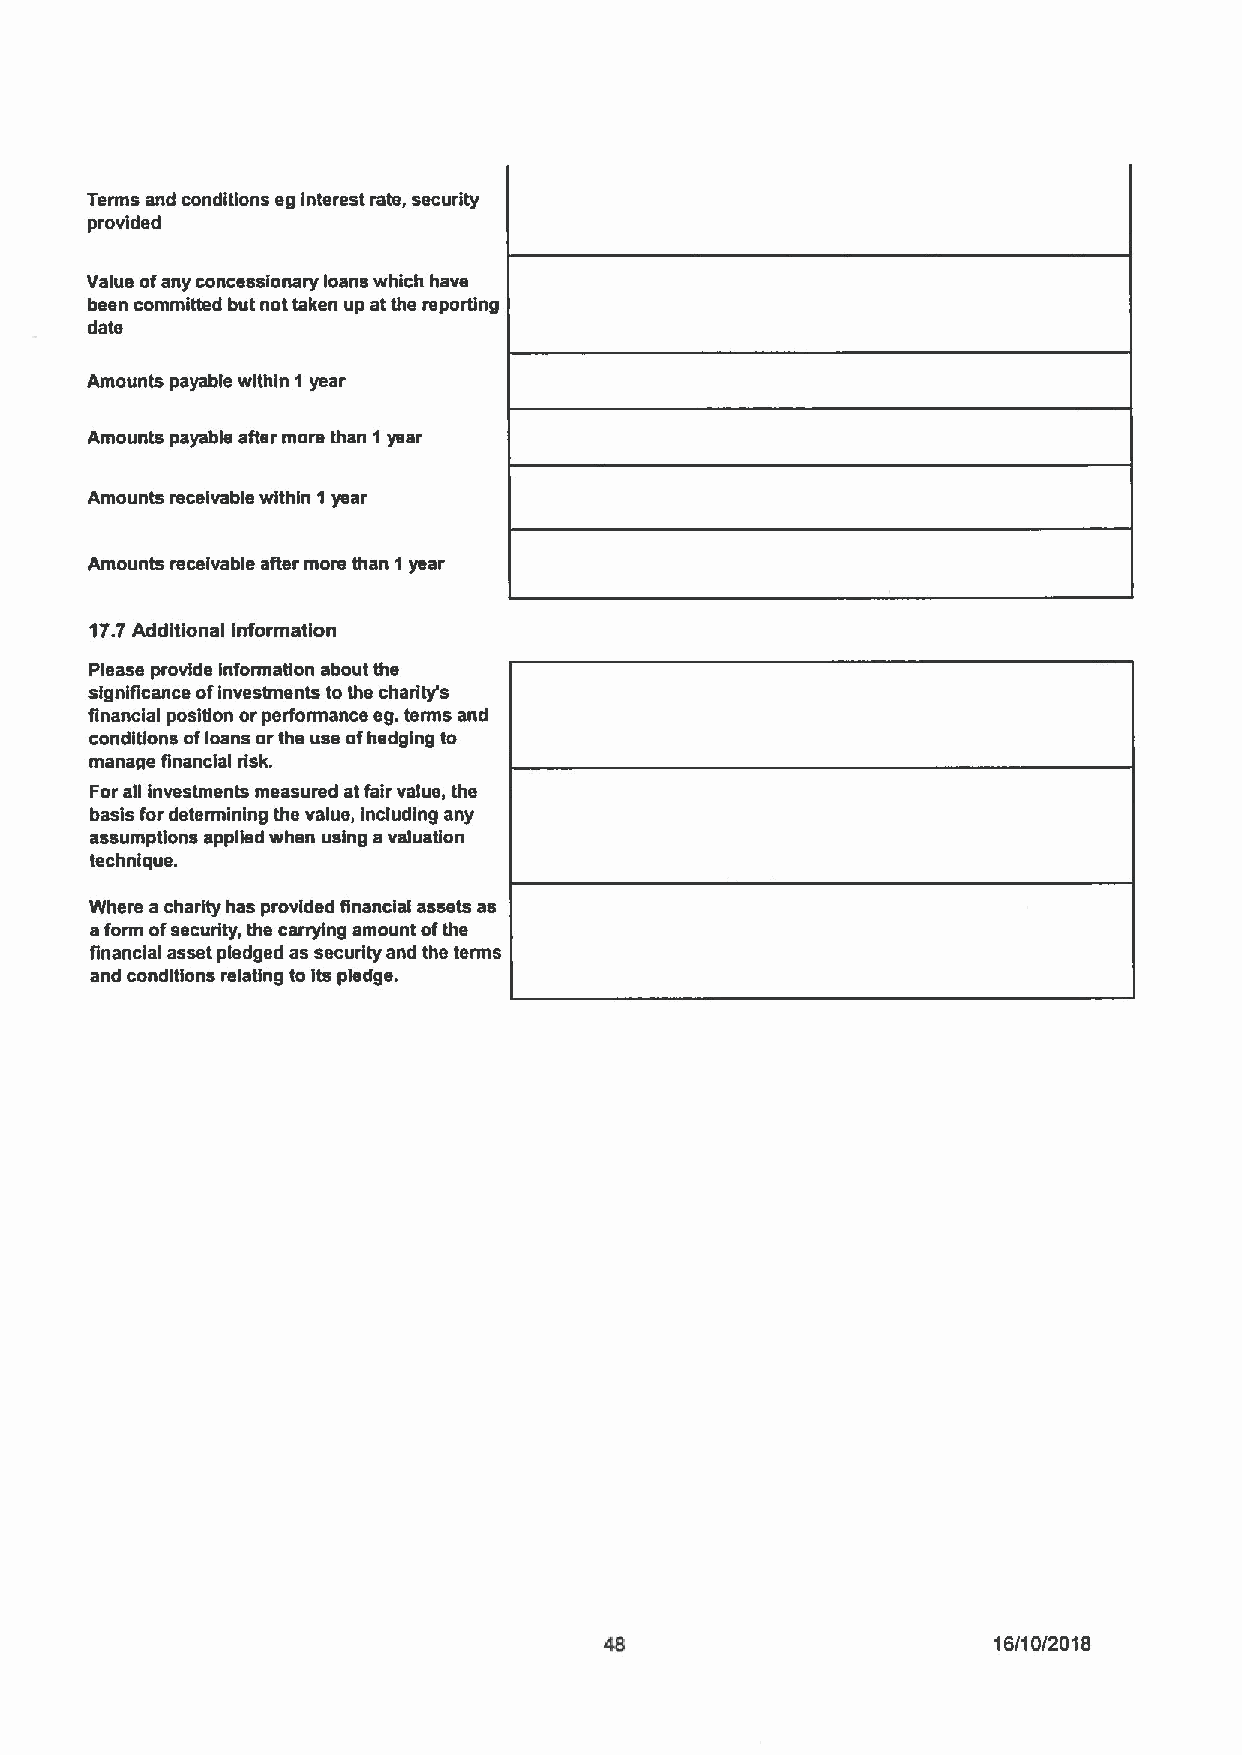
Terms and conditions eg interest rate, security
 provided
 Value ofany concessionary loans which have
 been committed but not taken up at the reporUng
 date
 Amounts payable within 1 year
 Amounts payable after more than 1year
 Amounts receivable within 1year
 Amounts receivable after more than 1year
 17.7Additional information
 Please provide information about the
 significance ofinvestments tothe charity's
 financial position orperformance eg.terms and
 conditions ofloans orthe use ofhedging to
 manage financial risk.
 Forag investments measured atfair value, the
 basis for determining the value, including any
 assumptions applied when using avaluation
 technique.
 Where acharity has provided gnancial assets as
 aform ofsecurity, the canylng amount ofthe
 financial asset pledged as security and the terms
 and conditions relating to its pledge.
 16/10/2016